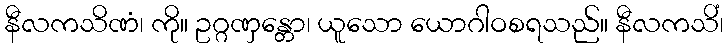
နီလကသိဏံ၊ ကို။ ဥဂ္ဂဏှန္တော၊ ယူသော ယောဂါဝစရသည်။ နီလကသိံ၊